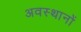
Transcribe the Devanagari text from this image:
अवस्थानों